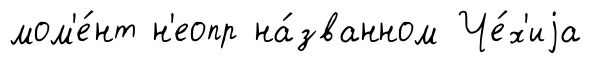
мом'е́нт н'еопр на́званном Че́х'иjа